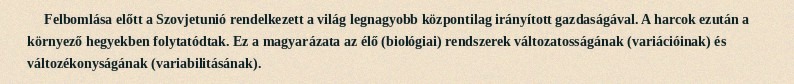
Felbomlása előtt a Szovjetunió rendelkezett a világ legnagyobb központilag irányított gazdaságával. A harcok ezután a környező hegyekben folytatódtak. Ez a magyarázata az élő (biológiai) rendszerek változatosságának (variációinak) és változékonyságának (variabilitásának).